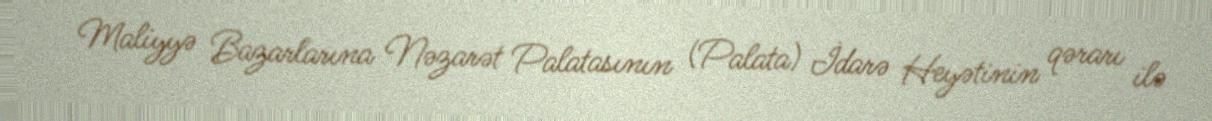
Maliyyə Bazarlarına Nəzarət Palatasının (Palata) İdarə Heyətinin qərarı ilə